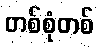
တစ်စုံတစ်